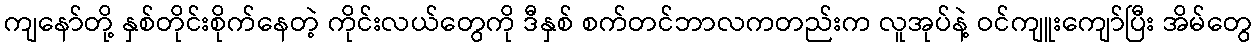
ကျနော်တို့ နှစ်တိုင်းစိုက်နေတဲ့ ကိုင်းလယ်တွေကို ဒီနှစ် စက်တင်ဘာလကတည်းက လူအုပ်နဲ့ ဝင်ကျူးကျော်ပြီး အိမ်တွေ